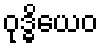
ဝုဒ္ဓိယေဝ